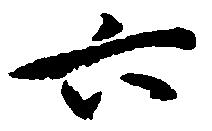
六